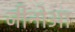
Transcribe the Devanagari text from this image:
जीनोआ